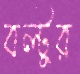
বল্টুর